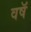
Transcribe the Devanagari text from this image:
वषॅ